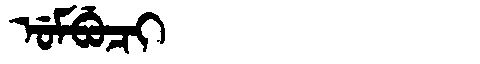
Manchu: ᡠᠮᠪᡠᠴᡳ
Romanization: UMBUCI